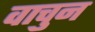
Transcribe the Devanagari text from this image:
वाचुन